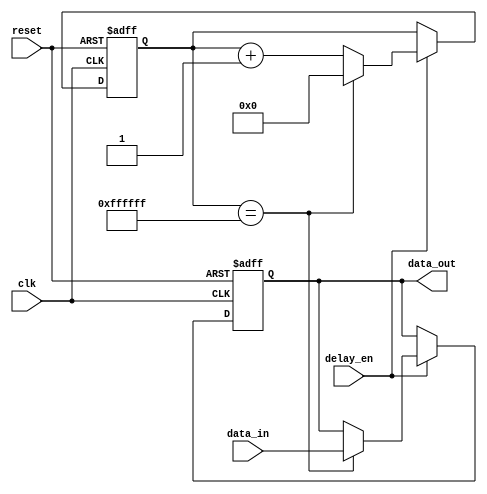
module nor_gate_delay (
    input wire clk,
    input wire reset,
    input wire delay_en,
    input wire data_in,
    output reg data_out
);

reg [31:0] delay_counter;

always @(posedge clk or posedge reset) begin
    if (reset) begin
        delay_counter <= 0;
        data_out <= 0;
    end else if (delay_en) begin
        if (delay_counter == 32'hFFFFFF) begin
            data_out <= data_in;
            delay_counter <= 0;
        end else begin
            delay_counter <= delay_counter + 1;
        end
    end
end

endmodule